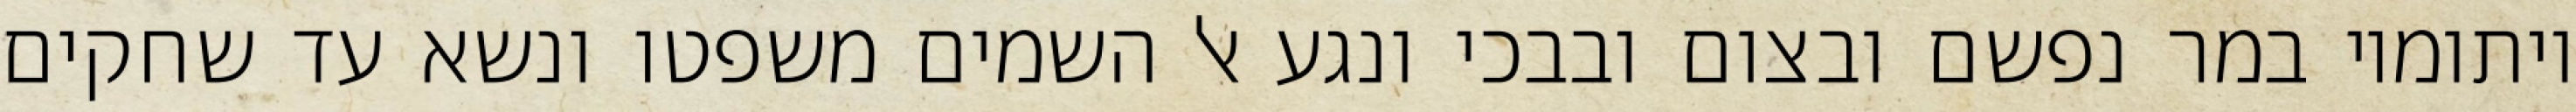
ויתומיו במר נפשם ובצום ובבכי ונגע אל השמים משפטו ונשא עד שחקים